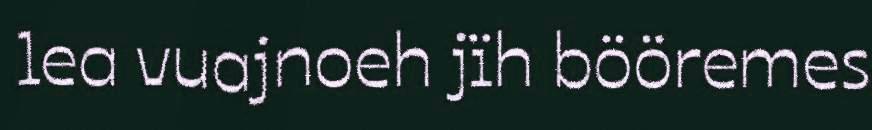
lea vuajnoeh jïh bööremes